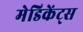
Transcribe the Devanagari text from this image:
मेडिकेंट्स